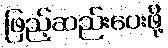
ဖြည့်ဆည်းပေးဖို့